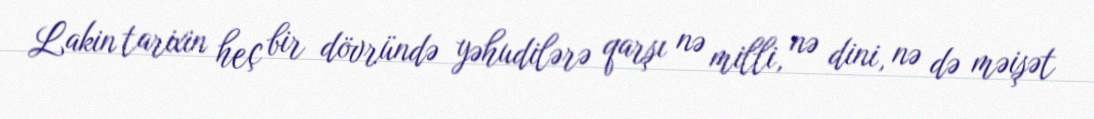
Lakin tarixin heç bir dövründə yəhudilərə qarşı nə milli, nə dini, nə də məişət